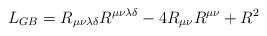
LaTeX: \begin{align*}L_{GB}= R_{\mu\nu\lambda \delta} R^{\mu\nu\lambda \delta}-4 R_{\mu\nu} R^{\mu\nu} + R^2\end{align*}